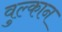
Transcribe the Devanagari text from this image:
वुल्कान